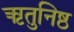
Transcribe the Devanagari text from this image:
ऋतुनिष्ठ